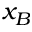
x _ { B }